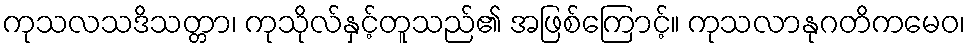
ကုသလသဒိသတ္တာ၊ ကုသိုလ်နှင့်တူသည်၏ အဖြစ်ကြောင့်။ ကုသလာနုဂတိကမေဝ၊